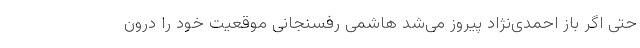
حتی اگر باز احمدی‌نژاد پیروز می‌شد هاشمی رفسنجانی موقعیت خود را درون